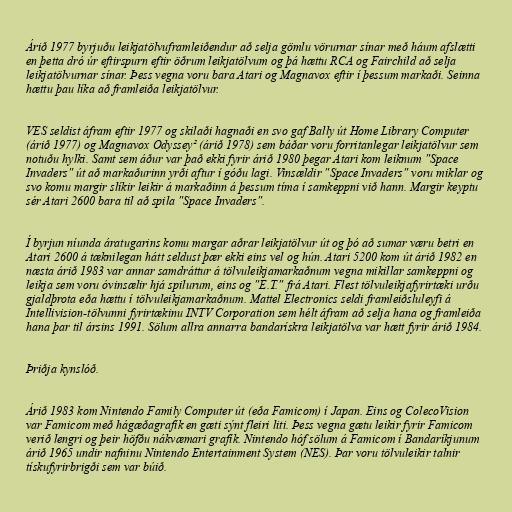
Árið 1977 byrjuðu leikjatölvuframleiðendur að selja gömlu vörurnar sínar með háum afslætti
en þetta dró úr eftirspurn eftir öðrum leikjatölvum og þá hættu RCA og Fairchild að selja
leikjatölvurnar sínar. Þess vegna voru bara Atari og Magnavox eftir í þessum markaði. Seinna
hættu þau líka að framleiða leikjatölvur.

VES seldist áfram eftir 1977 og skilaði hagnaði en svo gaf Bally út Home Library Computer
(árið 1977) og Magnavox Odyssey² (árið 1978) sem báðar voru forritanlegar leikjatölvur sem
notuðu hylki. Samt sem áður var það ekki fyrir árið 1980 þegar Atari kom leiknum "Space
Invaders" út að markaðurinn yrði aftur í góðu lagi. Vinsældir "Space Invaders" voru miklar og
svo komu margir slíkir leikir á markaðinn á þessum tíma í samkeppni við hann. Margir keyptu
sér Atari 2600 bara til að spila "Space Invaders".

Í byrjun níunda áratugarins komu margar aðrar leikjatölvur út og þó að sumar væru betri en
Atari 2600 á tæknilegan hátt seldust þær ekki eins vel og hún. Atari 5200 kom út árið 1982 en
næsta árið 1983 var annar samdráttur á tölvuleikjamarkaðnum vegna mikillar samkeppni og
leikja sem voru óvinsælir hjá spilurum, eins og "E.T." frá Atari. Flest tölvuleikjafyrirtæki urðu
gjaldþrota eða hættu í tölvuleikjamarkaðnum. Mattel Electronics seldi framleiðsluleyfi á
Intellivision-tölvunni fyrirtækinu INTV Corporation sem hélt áfram að selja hana og framleiða
hana þar til ársins 1991. Sölum allra annarra bandarískra leikjatölva var hætt fyrir árið 1984.

Þriðja kynslóð.

Árið 1983 kom Nintendo Family Computer út (eða Famicom) í Japan. Eins og ColecoVision
var Famicom með hágæðagrafík en gæti sýnt fleiri liti. Þess vegna gætu leikir fyrir Famicom
verið lengri og þeir höfðu nákvæmari grafík. Nintendo hóf sölum á Famicom í Bandaríkjunum
árið 1965 undir nafninu Nintendo Entertainment System (NES). Þar voru tölvuleikir talnir
tískufyrirbrigði sem var búið.